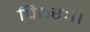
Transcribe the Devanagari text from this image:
पितरः।।